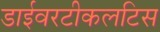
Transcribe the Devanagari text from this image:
डाईवरटीकलटिस